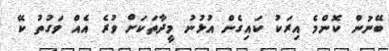
ބޭނުން ކޮންމެ އިރަކު ކައިގެން އުޅުނު މީދާތަކަށް ވުރެ އެއް ވަގުތު ކޭ